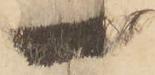
一